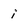
Character: i